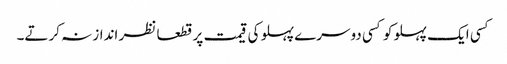
کسی ایک پہلو کو کسی دوسرے پہلو کی قیمت پر قطعا نظر انداز نہ کرتے۔